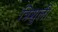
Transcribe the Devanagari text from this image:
त्रिशुली